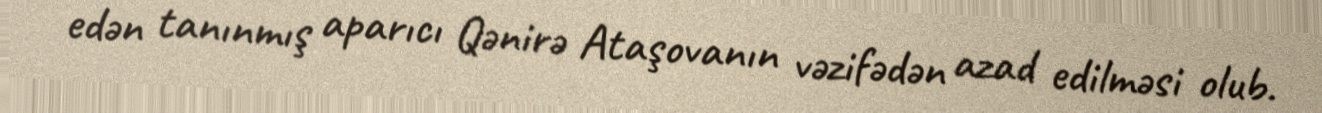
edən tanınmış aparıcı Qənirə Ataşovanın vəzifədən azad edilməsi olub.